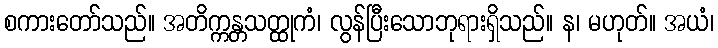
စကားတော်သည်။ အတိက္ကန္တသတ္ထုကံ၊ လွန်ပြီးသောဘုရားရှိသည်။ န၊ မဟုတ်။ အယံ၊